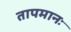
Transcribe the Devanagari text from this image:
तापमानः